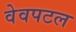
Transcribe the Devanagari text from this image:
वेवपटल